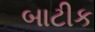
બાટીક